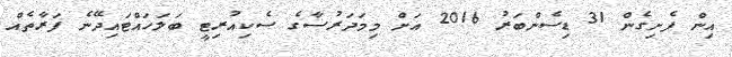
އިން ފެށިގެން 31 ޑިސެންބަރު 2016 އަށް މިމަދަރުސާގެ ސެކިއުރިޓީ ބަލަހައްޓައިދޭނެ ފަރާތެއް